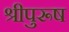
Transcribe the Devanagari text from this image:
श्रीपुरूष